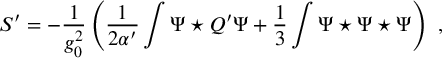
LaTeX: S ^ { \prime } = - \frac { 1 } { g _ { 0 } ^ { 2 } } \left( \frac { 1 } { 2 \alpha ^ { \prime } } \int \Psi \star Q ^ { \prime } \Psi + \frac { 1 } { 3 } \int \Psi \star \Psi \star \Psi \right) \ ,